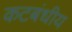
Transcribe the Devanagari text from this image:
कटबंधीय